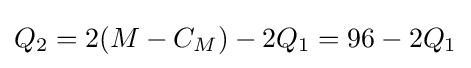
Q_{2}=2(M-C_{M})-2Q_{1}=96-2Q_{1}